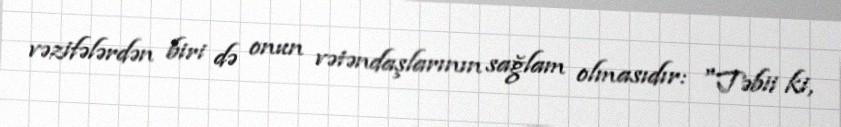
vəzifələrdən biri də onun vətəndaşlarının sağlam olmasıdır: "Təbii ki,